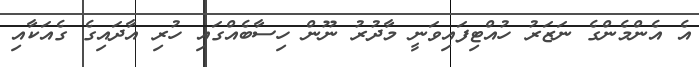
އެ އެންމެންގެ ނަޒަރު ހުއްޓިފައިވަނީ މާދުރު ނޫން ހިސާބެއްގައި ހުރި އާދައިގެ ގެއަކާއި